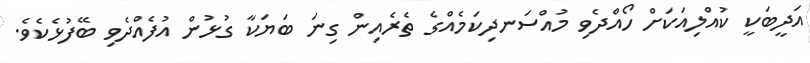
އަދީބަކީ ކުއްލިއަކަށް ހޯއްދެވި މުއްސަނދިކަމެއްގެ ތެރެއިން ގިނަ ބަޔަކާ ގުޅުން އުފެއްދެވި ބޭފުޅެކެވެ.